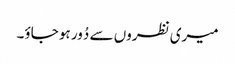
میری نظروں سے دُور ہو جاؤ۔